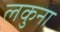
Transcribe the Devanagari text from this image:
लकुना